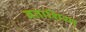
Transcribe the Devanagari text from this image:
बताशिया